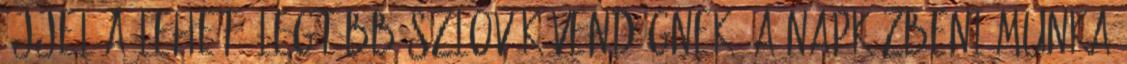
éjjel a lehető legtöbb szlovák vendégnek. A napközbeni munka